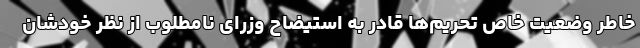
خاطر وضعیت خاص تحریم‌ها قادر به استیضاح وزرای نامطلوب از نظر خودشان